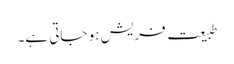
طبیعت فریش ہو جاتی ہے۔